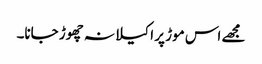
مجھے اس موڑ پر اکیلا نہ چھوڑ جانا۔